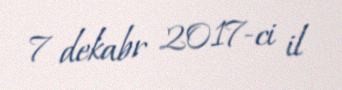
7 dekabr 2017-ci il